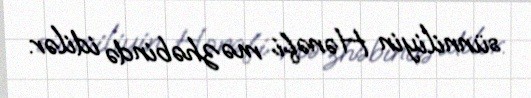
sünniliyin Hənəfi məzhəbində idilər.